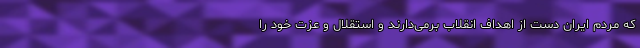
که مردم ایران دست از اهداف انقلاب برمی‌دارند و استقلال و عزت خود را